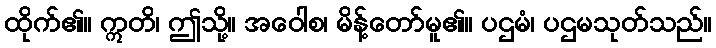
ထိုက်၏။ ဣတိ၊ ဤသို့။ အဝေါစ၊ မိန့်တော်မူ၏။ ပဌမံ၊ ပဌမသုတ်သည်။